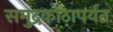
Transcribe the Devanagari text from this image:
समुद्रकाठापर्यंत